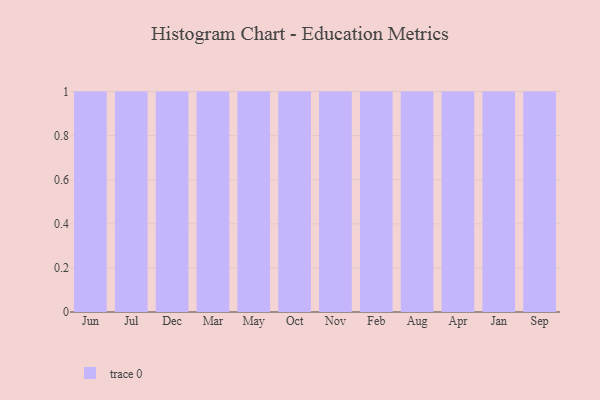
{"axis": {"x": "Month", "y": "Humidity (%)"}, "legend": [""], "data": [{"x": "Jun", "y": 85, "type": ""}, {"x": "Jul", "y": 19, "type": ""}, {"x": "Dec", "y": 33, "type": ""}, {"x": "Mar", "y": 91, "type": ""}, {"x": "May", "y": 17, "type": ""}, {"x": "Oct", "y": 58, "type": ""}, {"x": "Nov", "y": 89, "type": ""}, {"x": "Feb", "y": 2, "type": ""}, {"x": "Aug", "y": 50, "type": ""}, {"x": "Apr", "y": 21, "type": ""}, {"x": "Jan", "y": 60, "type": ""}, {"x": "Sep", "y": 97, "type": ""}]}